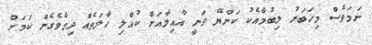
ނަމަވެސް މިހަބަރު ލިބުމާއެކު ކަންޔޭ ވަނީ އާއިލާއަށް ކުއްލި ހާލަތެއް ދިމާވެގެން ކަމަށް